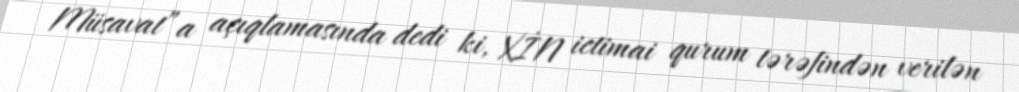
Müsavat”a açıqlamasında dedi ki, XİN ictimai qurum tərəfindən verilən